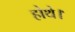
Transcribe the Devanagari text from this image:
होथे।